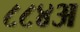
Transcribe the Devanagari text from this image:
८८४अ